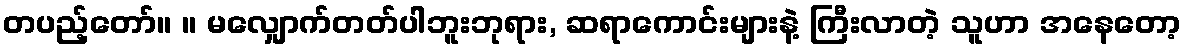
တပည့်တော်။ ။ မလျှောက်တတ်ပါဘူးဘုရား, ဆရာကောင်းများနဲ့ ကြီးလာတဲ့ သူဟာ အနေတော့